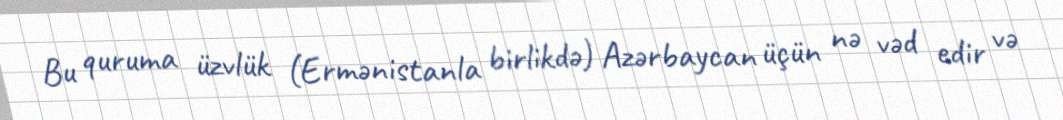
Bu quruma üzvlük (Ermənistanla birlikdə) Azərbaycan üçün nə vəd edir və